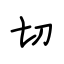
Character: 切